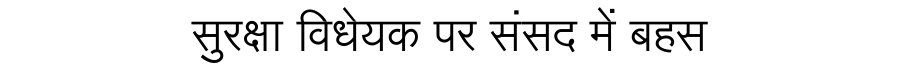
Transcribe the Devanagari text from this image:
सुरक्षा विधेयक पर संसद में बहस